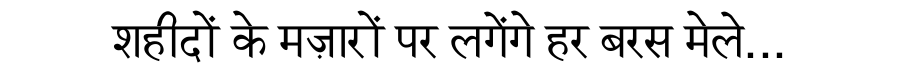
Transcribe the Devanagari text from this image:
शहीदों के मज़ारों पर लगेंगे हर बरस मेले...